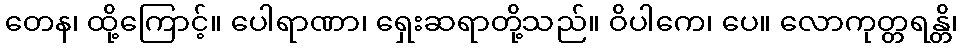
တေန၊ ထို့ကြောင့်။ ပေါရာဏာ၊ ရှေးဆရာတို့သည်။ ဝိပါကေ၊ ပေ။ လောကုတ္တရန္တိ၊